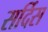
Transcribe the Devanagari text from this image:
सर्दिस